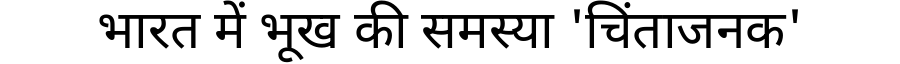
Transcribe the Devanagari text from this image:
भारत में भूख की समस्या 'चिंताजनक'